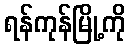
ရန်ကုန်မြို့ကို